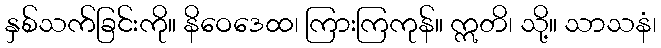
နှစ်သက်ခြင်းကို။ နိဝေဒေထ၊ ကြားကြကုန်။ ဣတိ၊ သို့။ သာသနံ၊